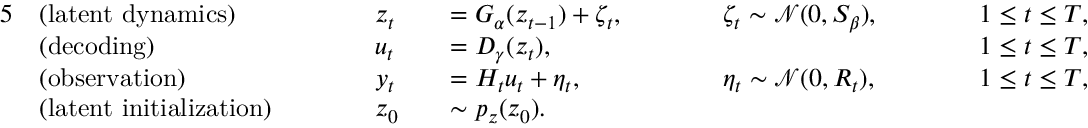
\begin{array} { r l r l r l r l r l } { { 5 } } & { \mathrm { ( l a t e n t ~ d y n a m i c s ) } } & & { \quad \quad z _ { t } } & & { = G _ { \alpha } ( z _ { t - 1 } ) + \zeta _ { t } , \quad \quad } & & { \zeta _ { t } \sim \mathcal { N } ( 0 , S _ { \beta } ) , \quad \quad } & & { 1 \le t \le T , } \\ & { \mathrm { ( d e c o d i n g ) } } & & { \quad \quad u _ { t } } & & { = D _ { \gamma } ( z _ { t } ) , \quad \quad } & & { \quad \quad } & & { 1 \le t \le T , } \\ & { \mathrm { ( o b s e r v a t i o n ) } } & & { \quad \quad y _ { t } } & & { = H _ { t } u _ { t } + \eta _ { t } , \quad \quad } & & { \eta _ { t } \sim \mathcal { N } ( 0 , R _ { t } ) , \quad \quad } & & { 1 \le t \le T , } \\ & { \mathrm { ( l a t e n t ~ i n i t i a l i z a t i o n ) } } & & { \quad \quad z _ { 0 } } & & { \sim p _ { z } ( z _ { 0 } ) . } \end{array}